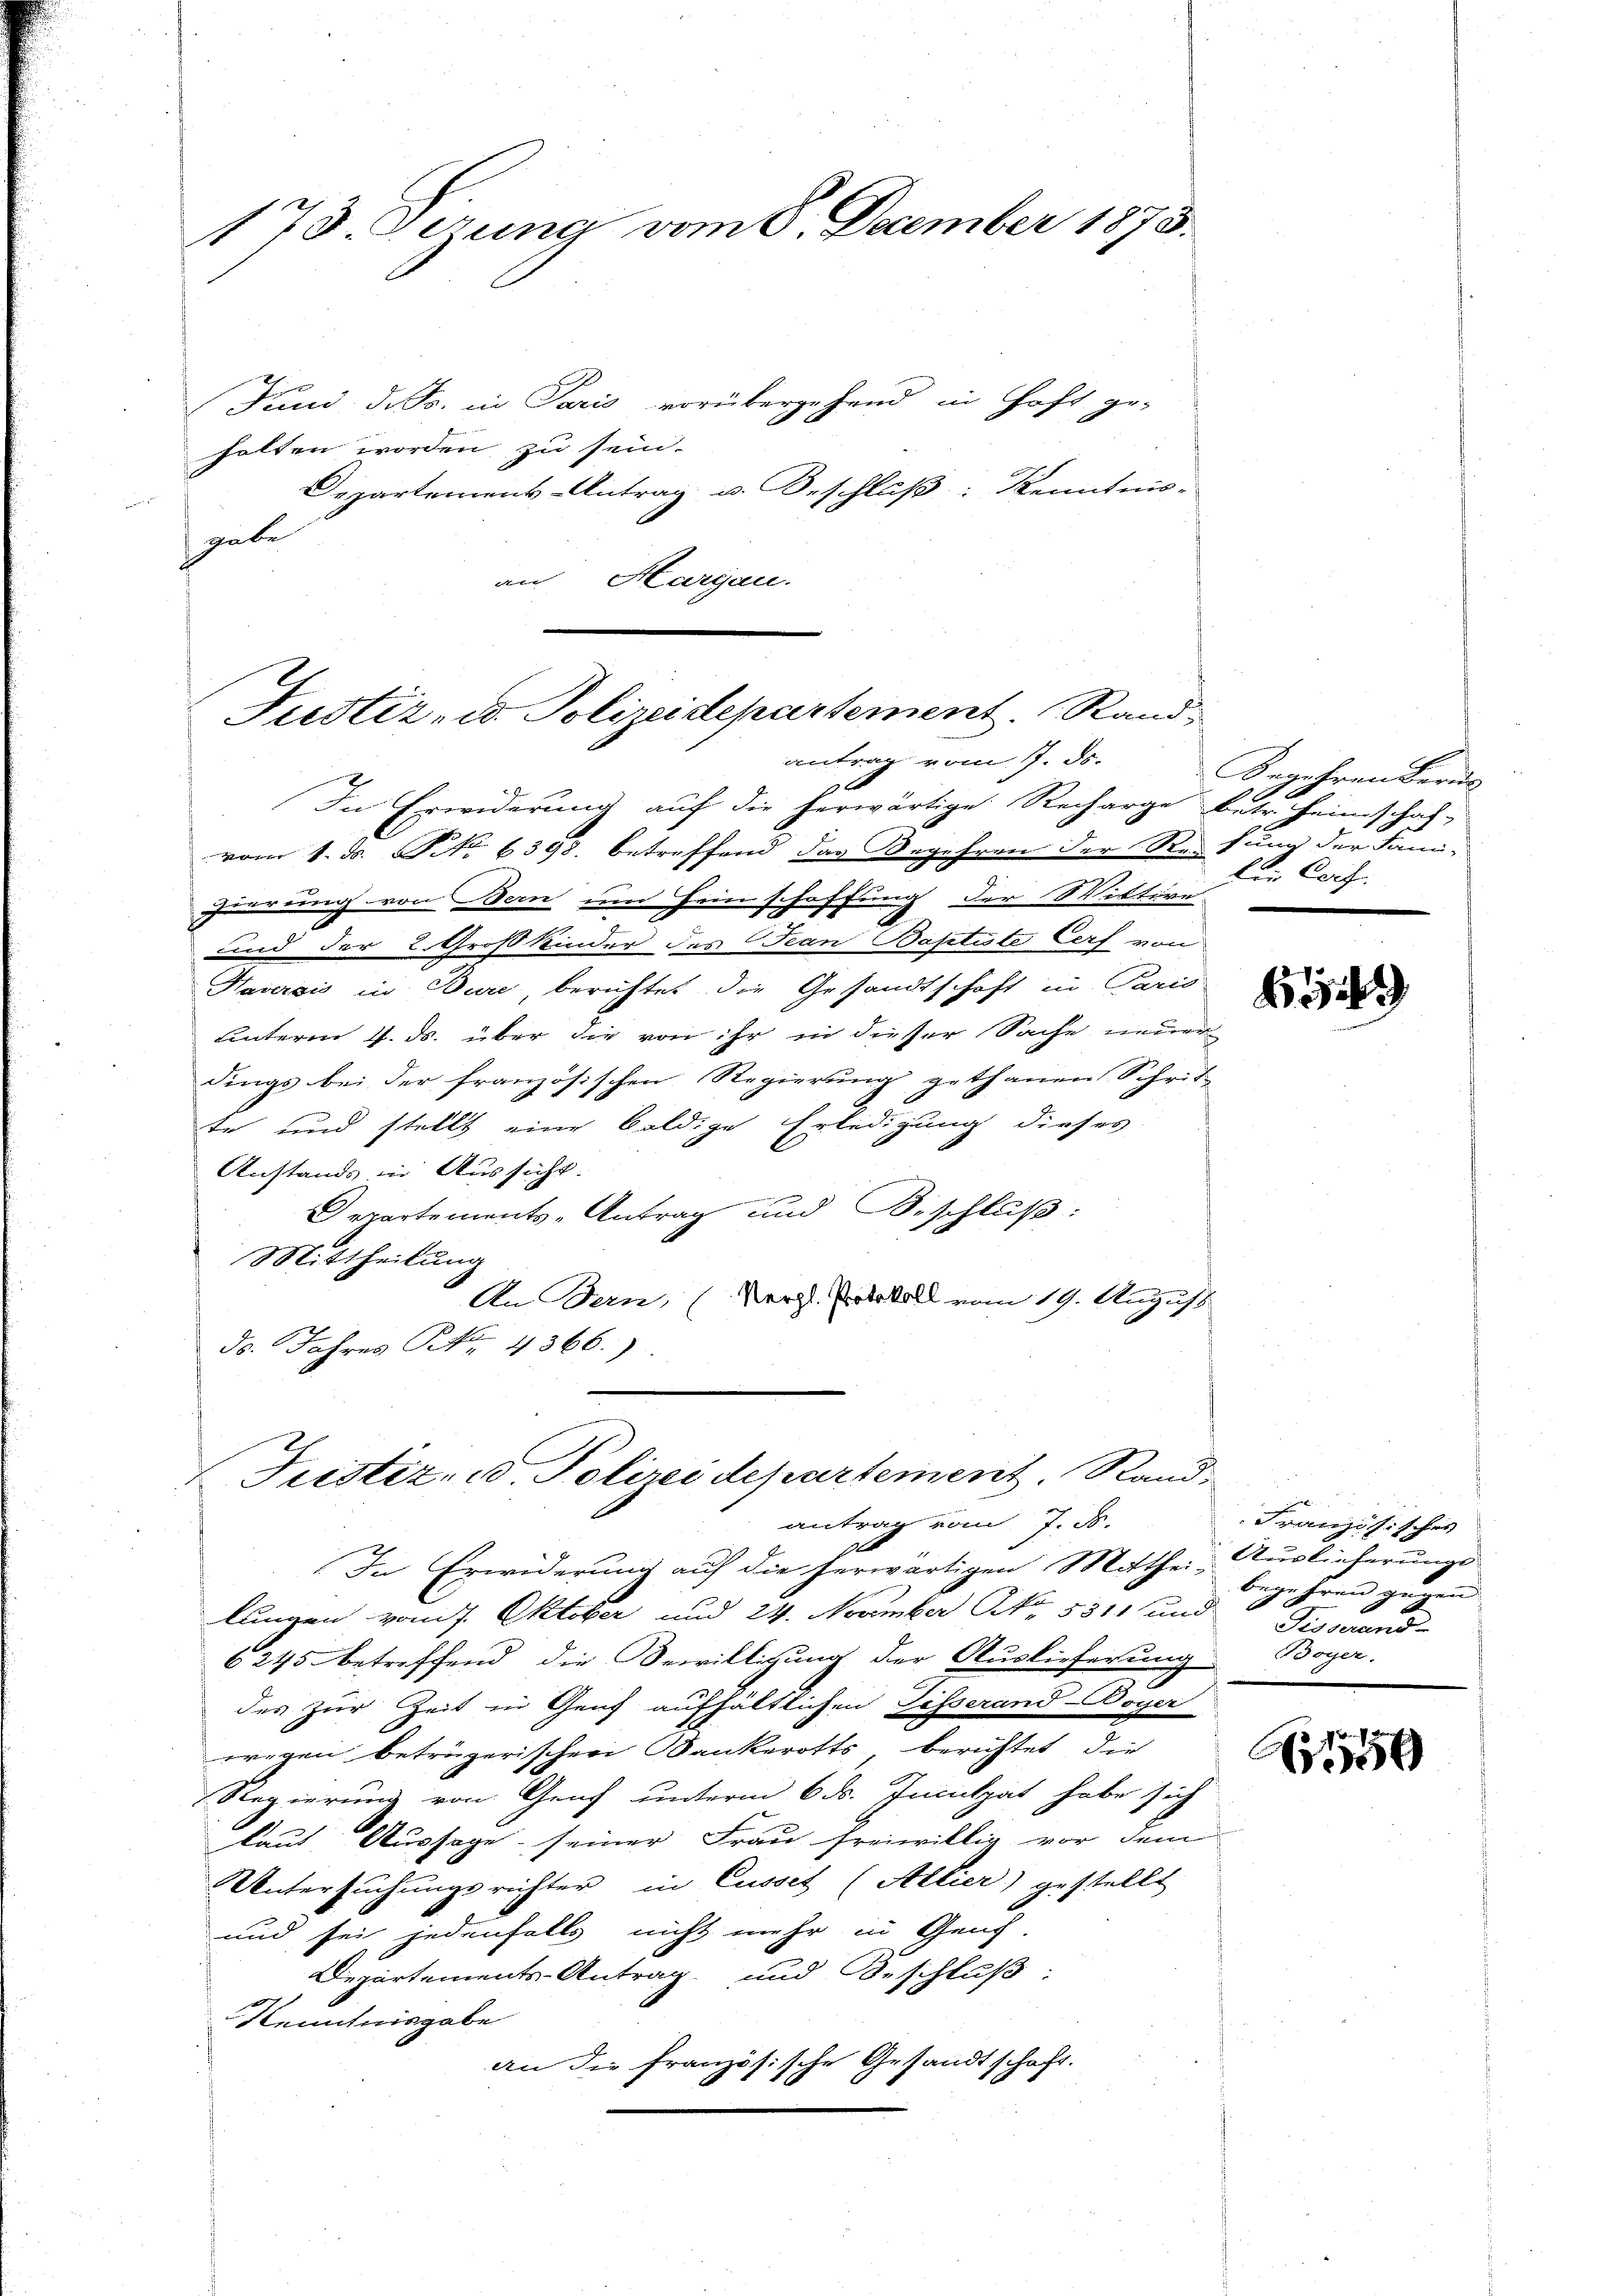
173. Dezung vom 8. December 1873.

Juni d. Js. in Paris vorübergehend in Haft ge-
halten worden, zu sein.
Departemens-Antrag u. Beschluß: Kenntnis-
gabe
untere |
Margau.
In Erwiderung auf die herwärtige Recharge betr. Heimschaf-
vom 1. d. No 1398. betreffend das Begehren der Reitung der Fami-
gierung von Bern um Heimschaffung der Wittwe
9
und der 2. Großkinder des Jean Baptiste Cerf von
Haversis in Bure, berichtet die Gesandtschaft in Paris
unterm 4. ds. über die von ihr in dieser Sache neuer
dings bei der französischen Regierung gethanen Schrit

te und stellt eine baldige Erledigung dieses
Anstands in Aussicht.
e
Departements-Antrag und Beschluß:
Mittheilung
An Bern, (Vergl. Protokoll vom 19. August
ds. Jahres No. 4366.)
Fristiz, ed Poliree departement. Stand,
antrag vom 7. d.
In Erwiderung auf die herwärtigen Mitthei- Auslieferunge
lungen vom 7. Oktober und 24. November No. 5311 und Sissguns
6245 betreffend die Bewilligung der Auslieferung Boyer.
des zur Zeit in Genf aufhältlichen Disserand-Boyer
wegen betrügerischen Bankerotts berichtet, die
Regierung von Genf unterm 6 ds. Inculpat habe sich
laut Aussage seiner Frau freiwillig vor dem
Untersuchungsrichter in Cusset (Allier) gestellt
und sei jedenfalls nicht mehr in Gauf-
Departements-Antrag und Beschluß:
Kenntnisgabe
an die französische Gesandtschaft.

Justiz- u. Polizeidepartement. Rand
antrag vom 7. ds.

Begehren Bern
 12 x
den Dorf.

1512

Französisches
begehren gegen

A550